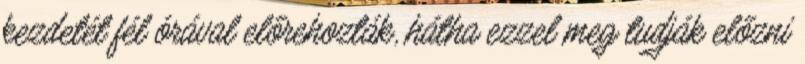
kezdetét fél órával előrehozták, hátha ezzel meg tudják előzni